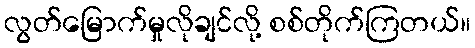
လွတ်မြောက်မှုလိုချင်လို့ စစ်တိုက်ကြတယ်။